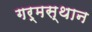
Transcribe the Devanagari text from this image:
गर्मस्थान